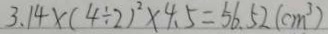
3 . 1 4 \times ( 4 \div 2 ) ^ { 2 } \times 4 . 5 = 5 6 . 5 2 ( c m ^ { 3 } )